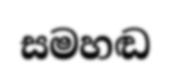
සමහඬ